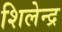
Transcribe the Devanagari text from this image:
शिलेन्द्र